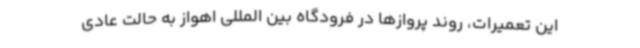
این تعمیرات، روند پروازها در فرودگاه بین المللی اهواز به حالت عادی